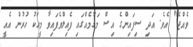
ވެއްޖެ" އެވެ. އަދި ސިފައިންގެ އިސް މަގާމެއްގައި ފެއިލްވެފައިވާ މީހަކު ހުރުން އެއީ